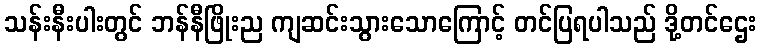
သန်းနီးပါးတွင် ဘန်နီဖြိုးည ကျဆင်းသွားသောကြောင့် တင်ပြရပါသည် ဒို့တင်ဌေး